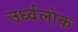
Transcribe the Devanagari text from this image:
उर्ध्वलोक